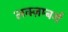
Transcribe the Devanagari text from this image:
लक्ज़म्बर्ग